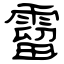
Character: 霤